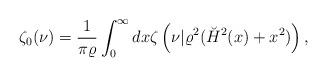
LaTeX: \begin{align*}\zeta_0(\nu)={1 \over \pi\varrho}\int_0^\infty dx\zeta\left(\nu|\varrho^2 (\breve{H}^2(x)+x^2)\right),\end{align*}